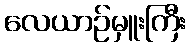
လေယာဉ်မှူးကြီး